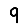
Digit: 9